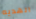
الهديه